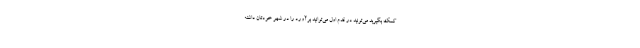
کمک بگیرید می‌تونید در قدم اول می‌توانید برآورد را در شهر خودتان داشته